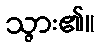
သွား၏။